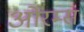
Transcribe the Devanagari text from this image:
ओरम्स